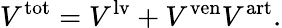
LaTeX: V^{\mathrm{tot}}=V^{\mathrm{lv}}+V^{\mathrm{ven}}V^{\mathrm{art}}.